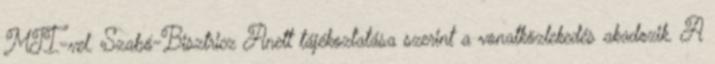
MTI-vel. Szabó-Bisztricz Anett tájékoztatása szerint a vonatközlekedés akadozik. A